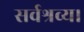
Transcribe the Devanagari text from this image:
सर्वश्रव्य।